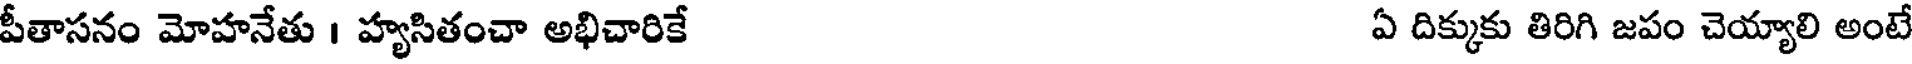
పీతాసనం మోహనేతు । హ్యసితంచా అభిచారికే ఏ దిక్కుకు తిరిగి జపం చెయ్యాలి అంటే